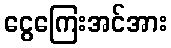
ငွေကြေးအင်အား